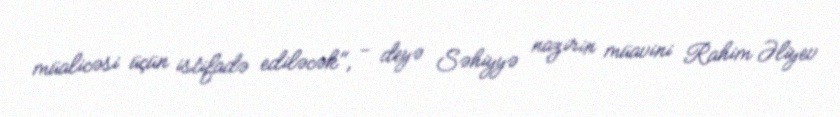
müalicəsi üçün istifadə ediləcək", - deyə Səhiyyə nazirin müavini Rahim Əliyev